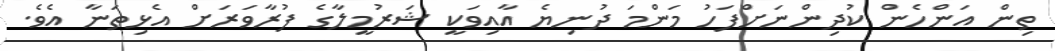
ތިން އަންހެން ކުދިންނަށްފަހު މަންމަ ދުނިޔެ އާއިވަކީ ޝަރުމީލާގެ ފުރާވަރަށް އެޅިތަނާ އެވެ.